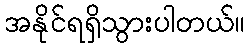
အနိုင်ရရှိသွားပါတယ်။